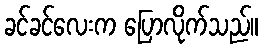
ခင်ခင်လေးက ပြောလိုက်သည်။